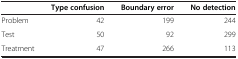
|  | Type confusion | Boundary error | No detection |
 | --- | --- | --- | --- |
 | Problem | 42 | 199 | 244 |
 | Test | 50 | 92 | 299 |
 | Treatment | 47 | 266 | 113 |